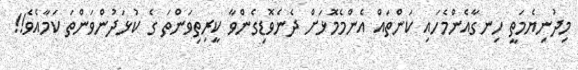
މިދުނިޔެމަތީ ހިނގާއެންމެހައި ކަންތައް އެންމެމޮޅަށް ދެނެވޮޑިގެންވާ ކީރިތިވަންތަ ގެ ކުޅަދުންވަންތަ ކަމާއެވެ!!